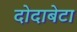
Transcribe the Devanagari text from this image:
दोदाबेटा